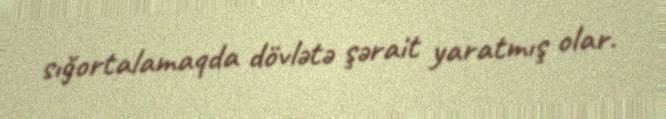
sığortalamaqda dövlətə şərait yaratmış olar.